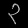
Digit: ၃